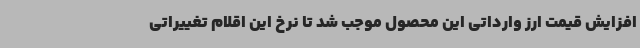
افزایش قیمت ارز وارداتی این محصول موجب شد تا نرخ این اقلام تغییراتی